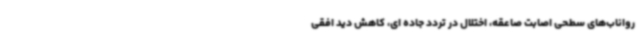
رواناب‌های سطحی اصابت صاعقه، اختلال در تردد جاده ای، کاهش دید افقی